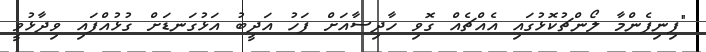
"ފިނިފެންމާ ލޯންޗުކޮޅުގައި އެއްޗެއް ގޮވި ހާދިސާއަށް ފަހު އަދީބު އަޅުގަނޑަށް ގުޅުއްފައި ވިދާޅުވީ